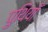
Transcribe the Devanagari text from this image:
पुथियाँ